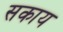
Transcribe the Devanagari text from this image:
सकाय